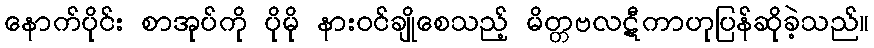
နောက်ပိုင်း စာအုပ်ကို ပိုမို နားဝင်ချိုစေသည့် မိတ္တဗလဋီကာဟုပြန်ဆိုခဲ့သည်။